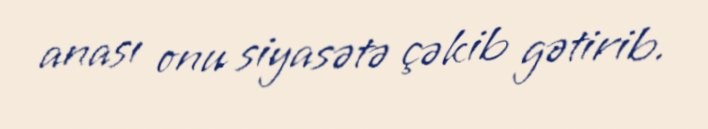
anası onu siyasətə çəkib gətirib.